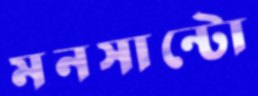
মনসান্টো